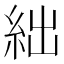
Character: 絀